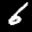
Label: 6